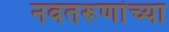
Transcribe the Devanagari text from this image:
नवतरूणांच्या